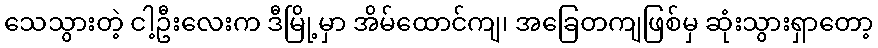
သေသွားတဲ့ ငါ့ဦးလေးက ဒီမြို့မှာ အိမ်ထောင်ကျ၊ အခြေတကျဖြစ်မှ ဆုံးသွားရှာတော့